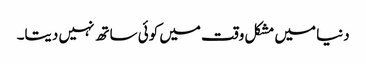
دنیا میں مشکل وقت میں کوئی ساتھ نہیں دیتا۔